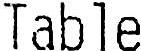
TABLE